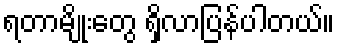
ရတာမျိုးတွေ ရှိလာပြန်ပါတယ်။